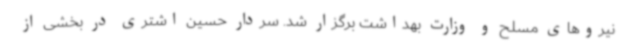
نیروهای مسلح و وزارت بهداشت برگزار شد. سردار حسین اشتری در بخشی از